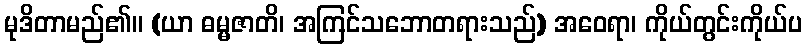
မုဒိတာမည်၏။ (ယာ ဓမ္မဇာတိ၊ အကြင်သဘောတရားသည်) အဝေရာ၊ ကိုယ်တွင်းကိုယ်ပ